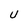
Character: U